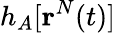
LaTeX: h_{A}[\mathbf{r}^{N}(t)]